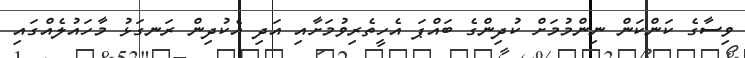
ވިސާގެ ކަންކަން ނިންމުމަށް ކުދިންގެ ބައްޕަ އެހީތެރިވުމަށާއި އަދި އެކުދިން ރަނގަޅު މާހައުލެއްގައި